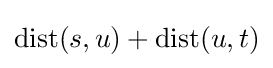
\mathrm {dist} (s,u)+\mathrm {dist} (u,t)